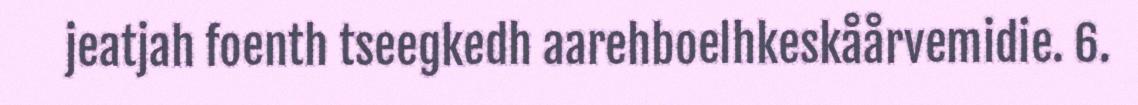
jeatjah foenth tseegkedh aarehboelhkeskåårvemidie. 6.